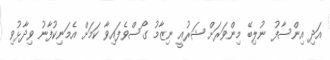
އަދި އިންސާފު ނުލިބޭ މިންވަރަށް ޝަރުއީ ނިޒާމު ގޯސްވެފައިވާ ކަމަށް އެމަނިކުފާނު ވިދާޅުވި